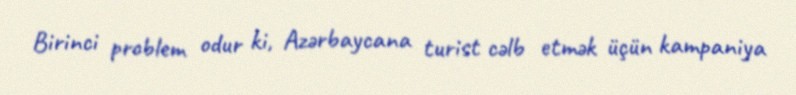
Birinci problem odur ki, Azərbaycana turist cəlb etmək üçün kampaniya